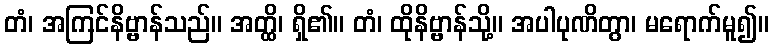
တံ၊ အကြင်နိဗ္ဗာန်သည်။ အတ္ထိ၊ ရှိ၏။ တံ၊ ထိုနိဗ္ဗာန်သို့။ အပါပုဏိတွာ၊ မရောက်မူ၍။